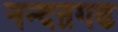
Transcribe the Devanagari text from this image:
नन्दऩगढ